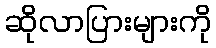
ဆိုလာပြားများကို